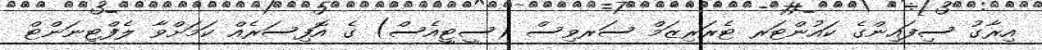
އިރާގު ސިފައިންގެ ކައުންޓަރ ޓެރަރިޒަމް ސަރވިސް (ސީޓީއެސް) ގެ އޮފިސަރެއް ކަމަށްވާ ލެފްޓިނަންޓް